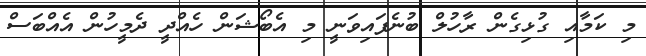
މި ކަމާއި ގުޅިގެން ރާހުލް ބުނެފައިވަނީ މި އެބޯޝަން ހެއްދީ ދެމީހުން އެއްބަސް